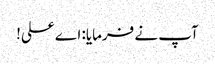
آپ نے فرمایا: اے علی!